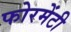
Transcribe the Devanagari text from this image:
फोरमेंटी